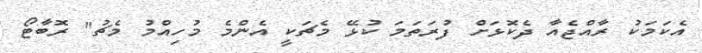
އެކަމަކު ރާއްޖެއާ ދެކޮޅަށް ފުރަތަމަ ކުޅޭ މެޗަކީ އެންމެ މުހިއްމު މެޗު" ރޮބާޓޯ